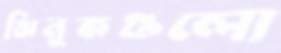
ঝিনুকগুলো